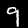
Label: 9